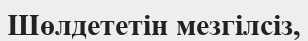
Шөлдететін мезгілсіз,